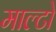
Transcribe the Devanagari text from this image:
माल्टो